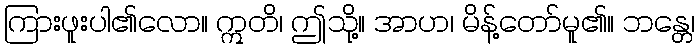
ကြားဖူးပါ၏လော။ ဣတိ၊ ဤသို့။ အာဟ၊ မိန့်တော်မူ၏။ ဘန္တေ၊